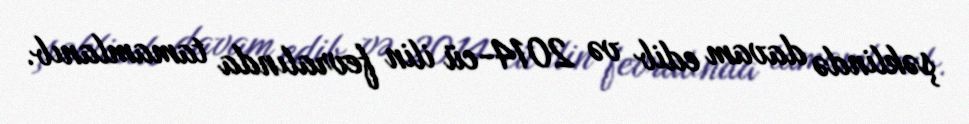
şəklində davam edib və 2014-cü ilin fevralında tamamlanıb.